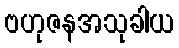
ဗဟုဇနအသုခါယ